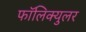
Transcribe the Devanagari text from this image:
फॉलिक्युलर